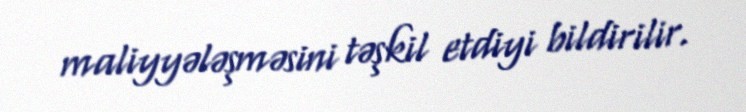
maliyyələşməsini təşkil etdiyi bildirilir.